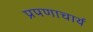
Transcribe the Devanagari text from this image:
प्रपणाचार्य